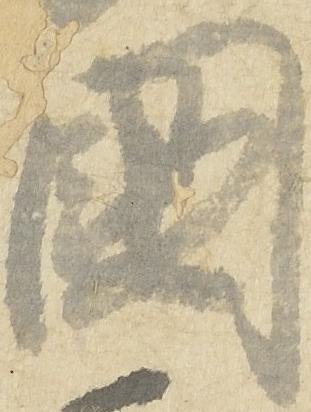
国